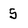
Character: 5